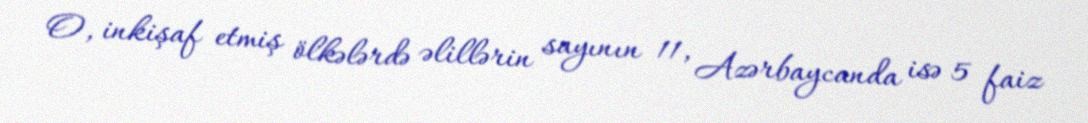
O, inkişaf etmiş ölkələrdə əlillərin sayının 11, Azərbaycanda isə 5 faiz